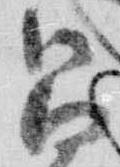
昌